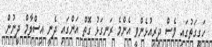
ހަގީގަތުގައި ވެސް ދިރިއުޅެންވީ އެންމެ ރަނގަޅު ގޮތް އަންގައި ދެނީ އިސްލާމް ދީނުން